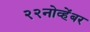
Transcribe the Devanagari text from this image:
२२नोव्हेंबर